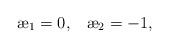
\begin{align*}{\ae}_1 = 0,\;\;\; {\ae}_2 = - 1,\end{align*}